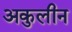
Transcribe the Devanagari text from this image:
अकुलीन